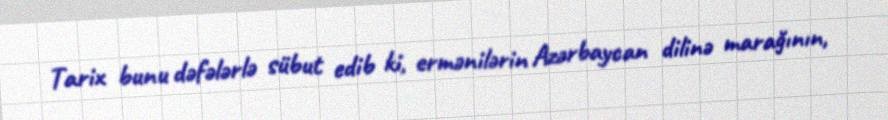
Tarix bunu dəfələrlə sübut edib ki, ermənilərin Azərbaycan dilinə marağının,